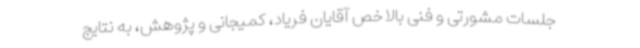
جلسات مشورتی و فنی بالاخص آقایان فریاد، کمیجانی و پژوهش، به نتایج